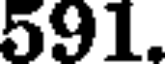
591.